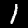
Label: 1